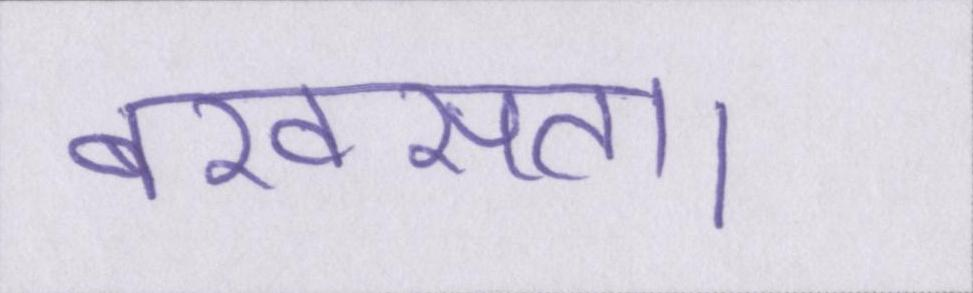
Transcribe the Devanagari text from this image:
बखसता।